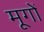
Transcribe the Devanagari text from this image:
मूगों